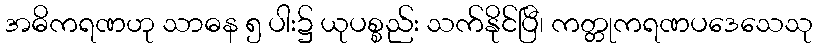
အဓိကရဏဟု သာဓန ၅ ပါး၌ ယုပစ္စည်း သက်နိုင်ပြီ၊ ကတ္တုကရဏပဒေသေသု